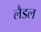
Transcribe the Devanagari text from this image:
लैडल